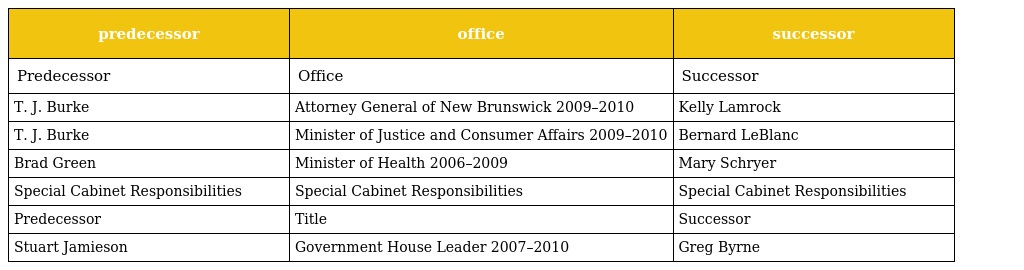
| predecessor | office | successor |
 | --- | --- | --- |
 | Predecessor | Office | Successor |
 | T. J. Burke | Attorney General of New Brunswick 2009–2010 | Kelly Lamrock |
 | T. J. Burke | Minister of Justice and Consumer Affairs 2009–2010 | Bernard LeBlanc |
 | Brad Green | Minister of Health 2006–2009 | Mary Schryer |
 | Special Cabinet Responsibilities | Special Cabinet Responsibilities | Special Cabinet Responsibilities |
 | Predecessor | Title | Successor |
 | Stuart Jamieson | Government House Leader 2007–2010 | Greg Byrne |